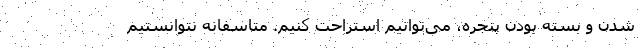
شدن و بسته بودن پنجره، می‌توانیم استراحت کنیم. متاسفانه نتوانستیم